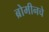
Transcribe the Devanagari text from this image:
ब्रोमीनचे